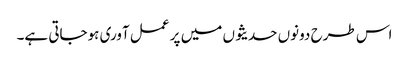
اس طرح دونوں حدیثوں میں پر عمل آوری ہوجاتی ہے۔